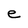
Character: e